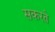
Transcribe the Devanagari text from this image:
सकरते